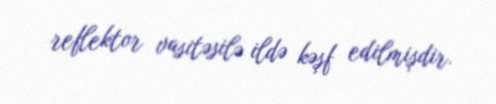
reflektor vasitəsilə ildə kəşf edilmişdir.